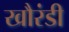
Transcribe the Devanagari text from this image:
खौरंडी